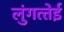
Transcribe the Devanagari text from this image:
लुंगत्‍तेई